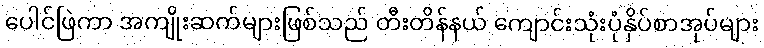
ပေါင်ဖြဲကာ အကျိုးဆက်များဖြစ်သည် တီးတိန်နယ် ကျောင်းသုံးပုံနှိပ်စာအုပ်များ